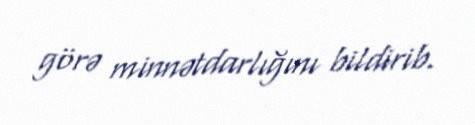
görə minnətdarlığını bildirib.